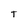
Character: T